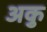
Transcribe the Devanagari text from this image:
अकु